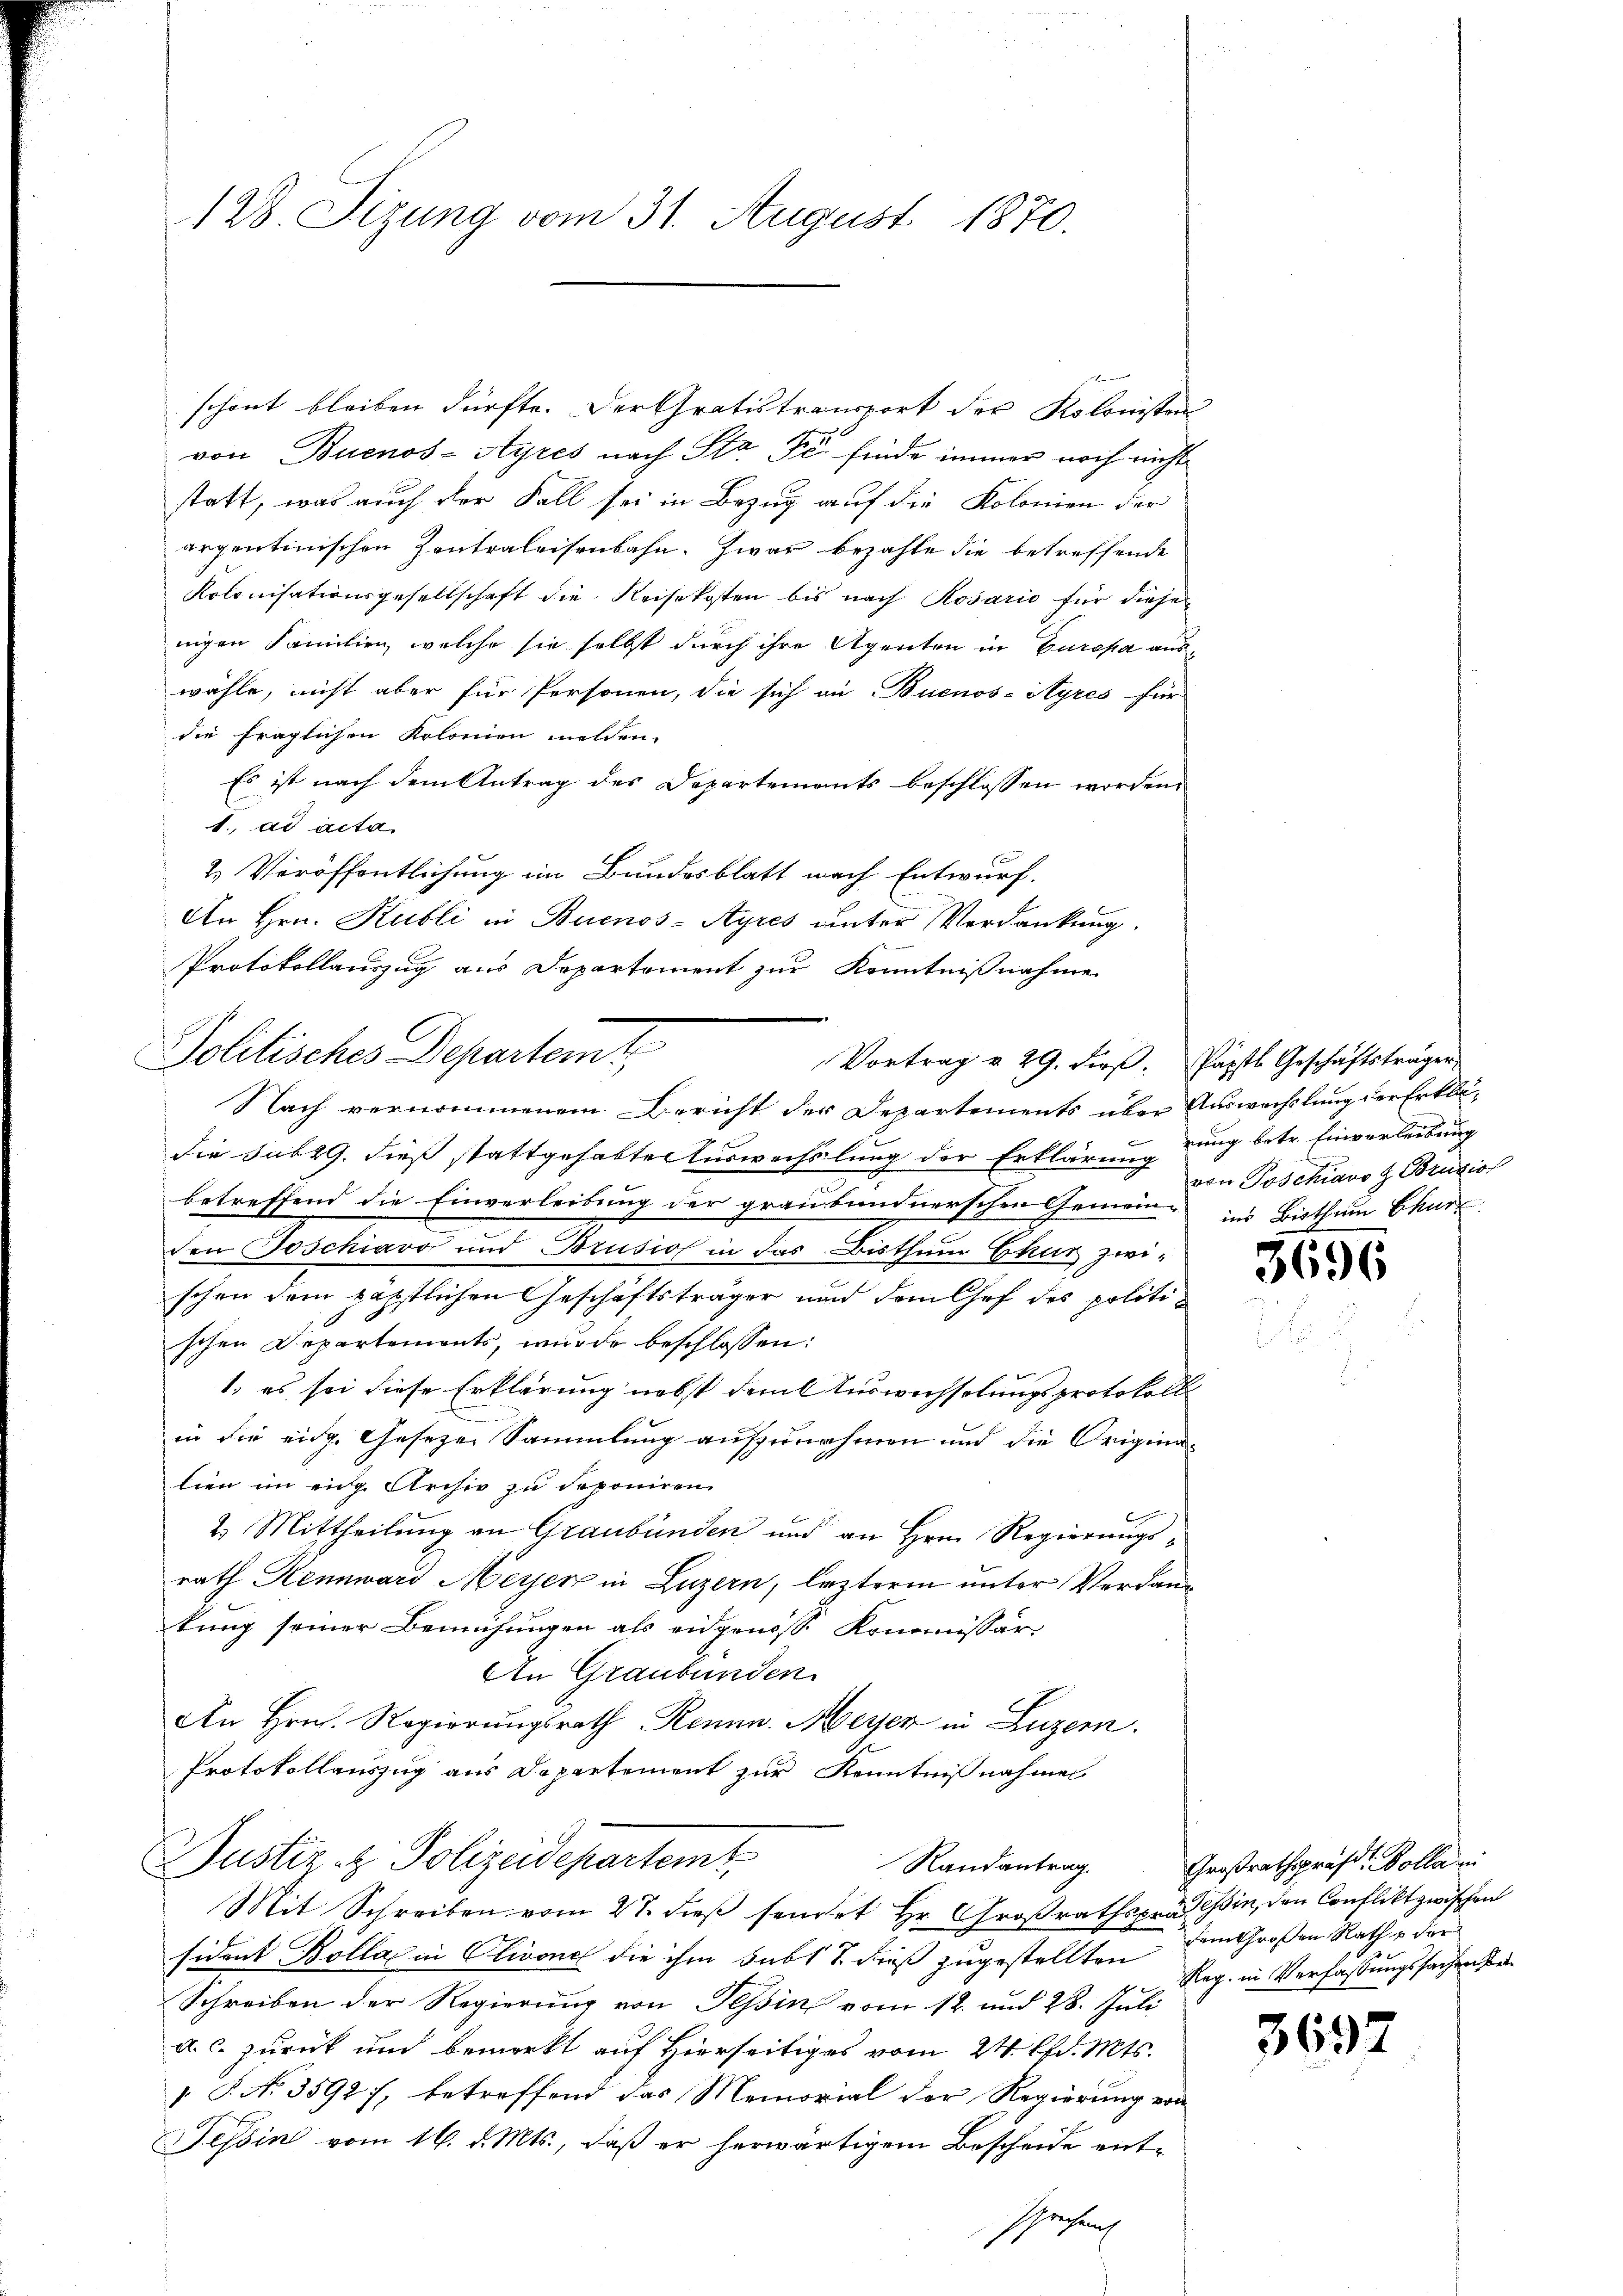
128. Sizung vom 31. August 1870.

schont bleiben dürfte. Der Gratistransport der Kolonisten
von Buenos-Ayres nach Sto Pe finde immer noch nicht
statt, was auch der Fall sei in Bezug auf die Kolonien der
arpentinischen Zentraleisenbahn. Zwar bezahle die betreffende
Kolonisationsgesellschaft die Reisekosten bis nach Rosario für diese
nigen Familien, welche sie selbst durch ihre Agenten in Europa auswähle, nicht aber für Personen, die sich an Buenos-Ayres für
die fraglichen Kolonien melden.
Es ist nach dem Antrag des Departements beschlossen worden.
1. ad acta
2.) Veröffentlichung im Bundesblatt nach Entwurf.
An Hrn. Kubli in Buenos-Ayres unter Verdankung.
Nach vernommenem Bericht der Departements über Auswechslung der Erklädie sub 29. dieß stattgehabten Auswechslung der Erklärung dung betr. Einverleibung
betreffend die Einverleibung der graubündnerschen Gemein- ins Bisthum Chur
den Joschiavo und Brusio in das Bisthum Chur zwischen dem päpstlichen Geschäftsträger und dem Chef des politischen Departements, wurde beschlossen:
1. es sei diese Erklärung nebst dem Auswechselungsprotokoll
in die eidg. Geseze Sammlung aufzunehmen und die Origina-
lien im ein Archiv zu deponiren
2.) Mittheilung an Graubünden und an Hrn. Regierungsrath Kennward Meyerz in Luzern, lezteren unter Verdankung seiner Bemühungen als eidgenöss. Kommissär
An Graubünden
An Hrn. Regierungsrath Kennn. Meyer in Luzern.
Protokollauszug aus Departement zur Kenntnißnahmen
Justiz z. Polizeidepartemt
Randantrag.
Mit Schreiben vom 27. dieß sendet Hr. Großrathspräsin, den Conflikt zwischen
sident Bolla in Olivone die ihm subt u. dieß zugestellten dem Großen Rathe der
Schreiben der Regierung von Tessin vom 12. und 28. Juli
a.c. zurück und bemerkt auf Hierseitiges vom 24. Chr. Mts.
. P. No 3592), betreffend das Memorial der Regierung von
Tessin vom 16. d. Mts., daß er herwärtigem Bescheide ent¬

Protokollauszug aus Departement zur Kenntnißnahme
Politisches Departemt,
Vortrag v. 29. Fers. Papsts Geschäftsträger,

von Poschiavo z Pruzio

5696

Großrathspräsdt. Kollari
Reg. in Verfassungssachen be¬

3692